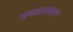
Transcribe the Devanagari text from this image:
जवळजवळच